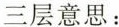
三层意思：